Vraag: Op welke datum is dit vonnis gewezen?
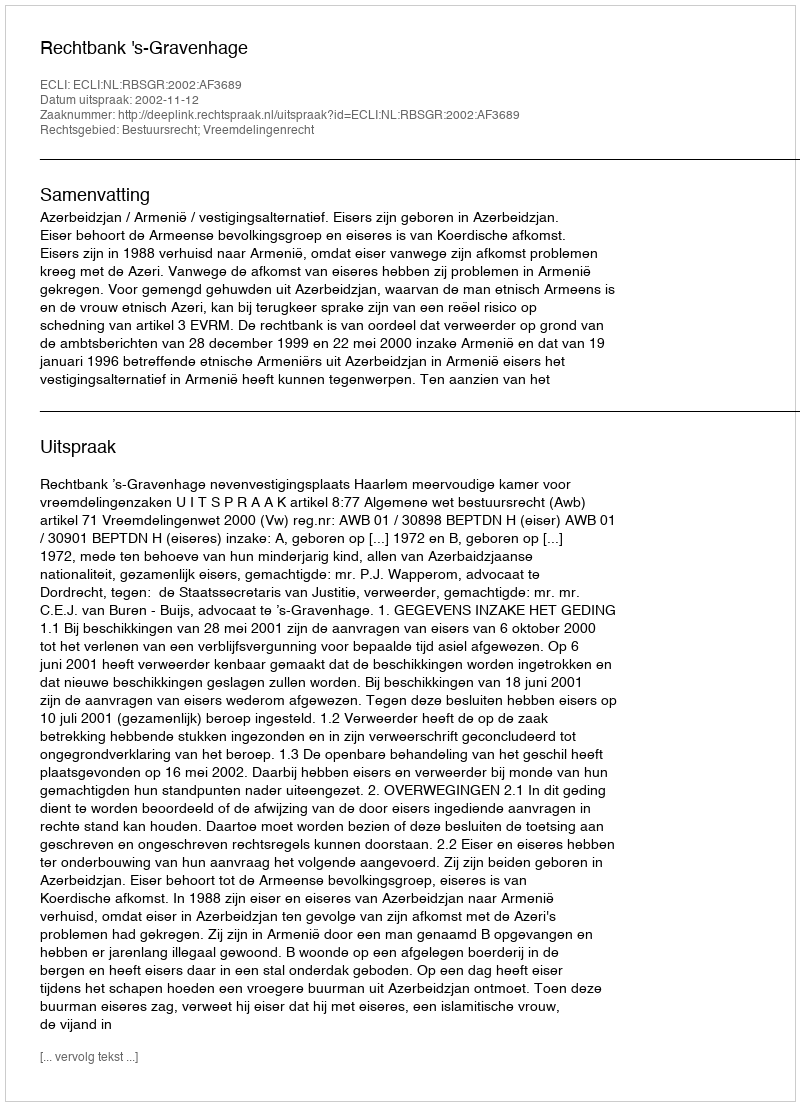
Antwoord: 2002-11-12